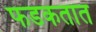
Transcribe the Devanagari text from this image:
फडकतात